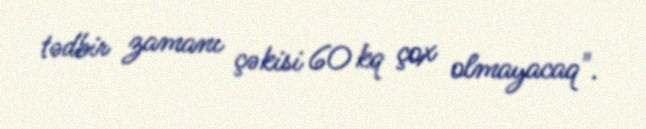
tədbir zamanı çəkisi 60 kq çox olmayacaq".